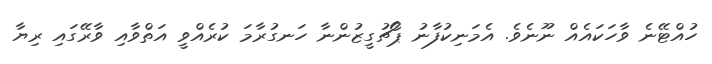
ހުއްޓޭނެ ވާހަކައެއް ނޫނެވެ. އެމަނިކުފާނު ޕޯޗުގީޒުންނާ ހަނގުރާމަ ކުރެއްވީ އަތްވާއި ވާރޭގައި ރިޔާ